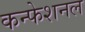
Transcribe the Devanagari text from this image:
कन्फेशनल